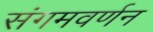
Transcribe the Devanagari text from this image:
संगमवर्णन